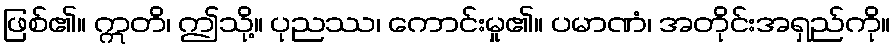
ဖြစ်၏။ ဣတိ၊ ဤသို့။ ပုညဿ၊ ကောင်းမှု၏။ ပမာဏံ၊ အတိုင်းအရှည်ကို။